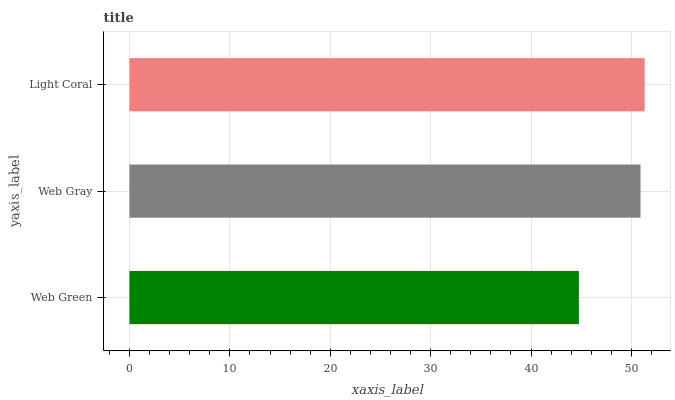
| yaxis_label | bars |
 | --- | --- |
 | Web Green | 44.8 |
 | Web Gray | 50.9 |
 | Light Coral | 51.3 |